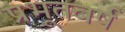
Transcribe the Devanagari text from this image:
प्रभूतवर्ष